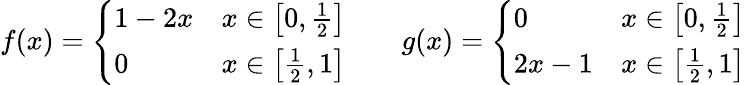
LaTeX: f(x)={\left\{ \begin{array}{ll}{1-2x}&{x\in\left[0,{\frac{1}{2}}\right]}\\ {0}&{x\in\left[{\frac{1}{2}},1\right]}\end{array}\right.}\qquad g(x)={\left\{ \begin{array}{ll}{0}&{x\in\left[0,{\frac{1}{2}}\right]}\\ {2x-1}&{x\in\left[{\frac{1}{2}},1\right]}\end{array}\right.}